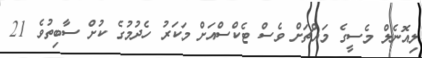
ލިއޮނެލް މެސީގެ މައްޗަށް ވެސް ޓެކްސްއަށް މަކަރު ހެދުމުގެ ކުށް ސާބިތުވެ 21